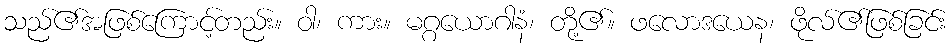
သည်၏အဖြစ်ကြောင့်တည်း။ ဝါ၊ ကား။ မဂ္ဂယောဂါနံ၊ တို့၏။ ဖလောဒယေန၊ ဖိုလ်၏ဖြစ်ခြင်း